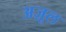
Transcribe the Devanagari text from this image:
अज़ूल